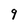
Character: 9